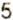
5